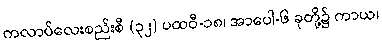
ကလာပ်လေးစည်းစီ (၃၂) ပထဝီ-၁၈၊ အာပေါ-၆ ခုတို့၌ ကာယ၊